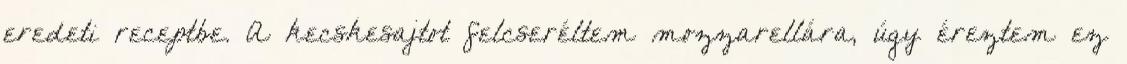
eredeti receptbe. A kecskesajtot felcseréltem mozzarellára, úgy éreztem ez